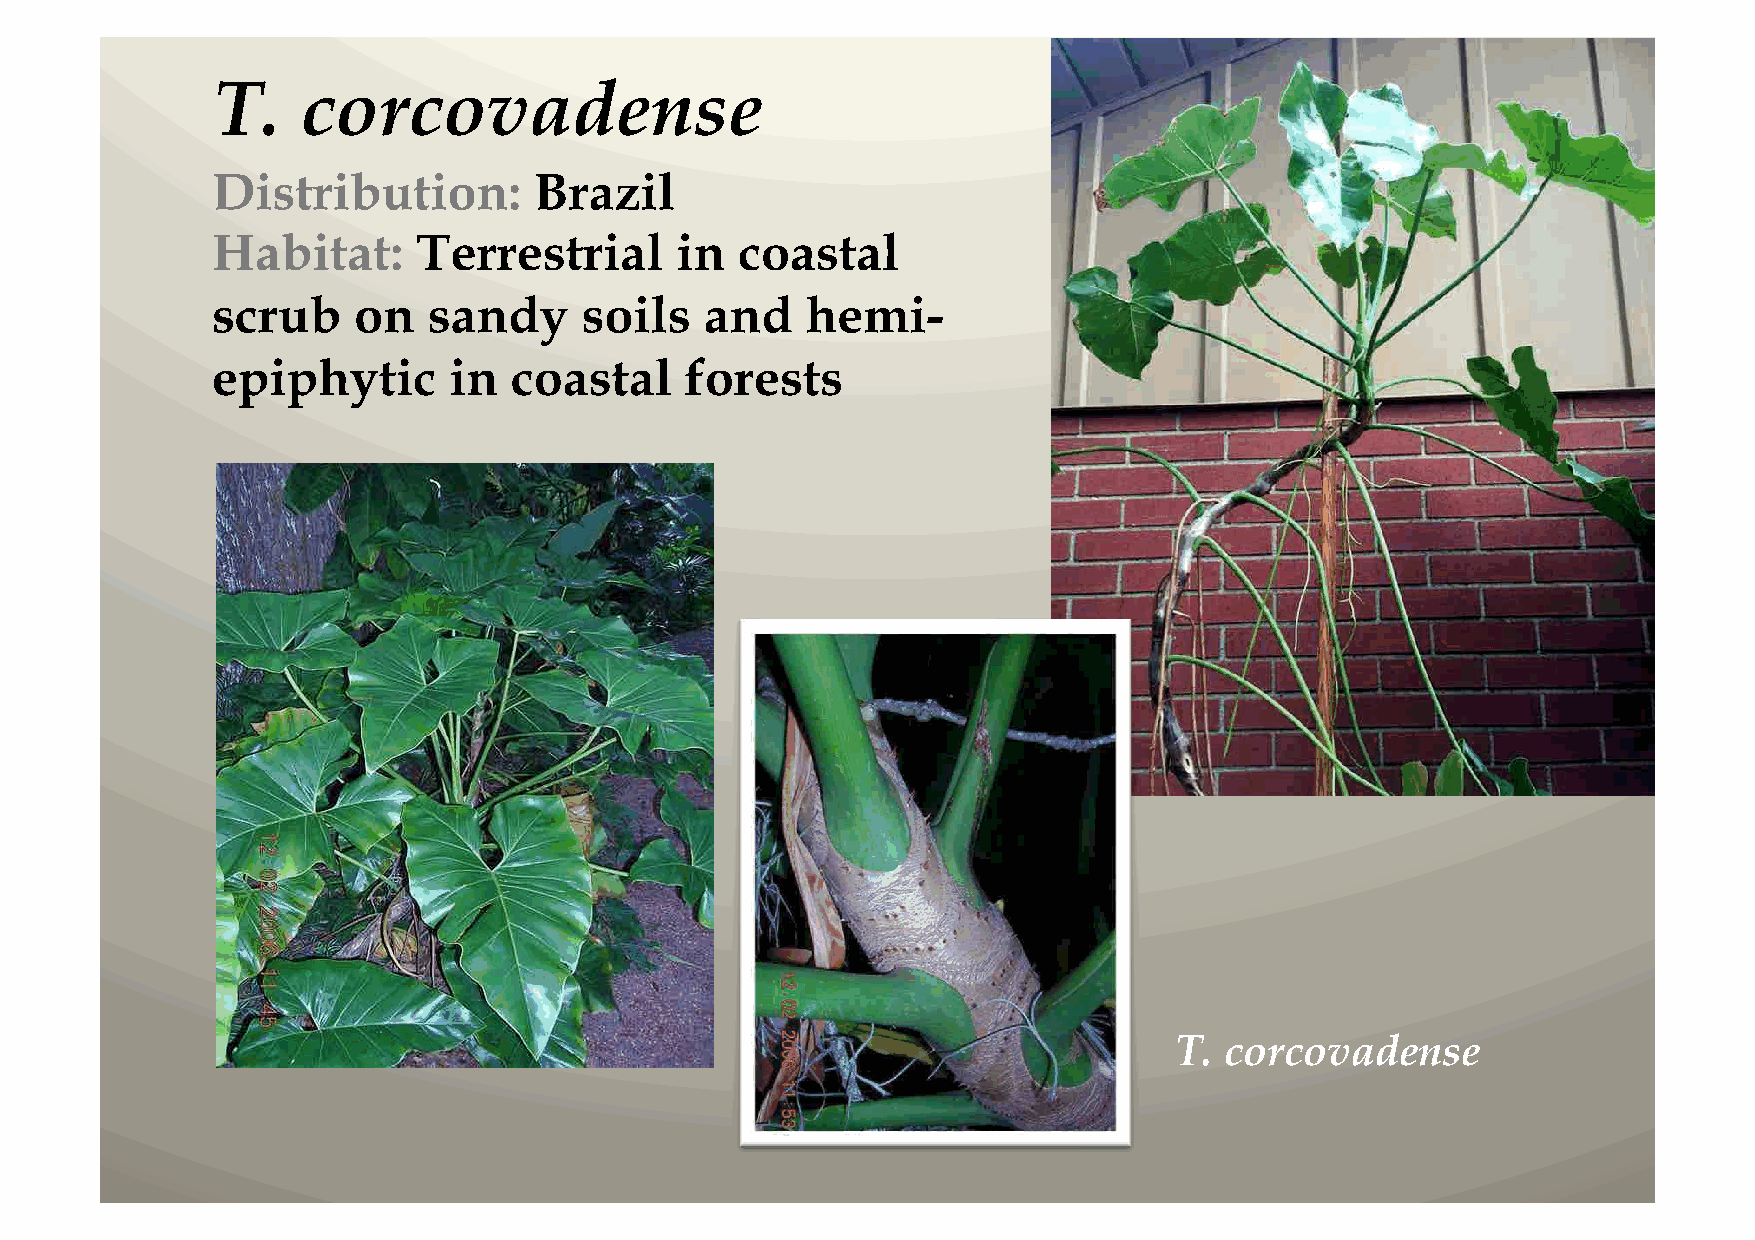
T.    corcovadense
 Distribution:        Brazil
 Habitat:      Terrestrial      in  coastal
 scrub    on   sandy     soils    and   hemi-
 epiphytic       in  coastal    forests
 T. corcovadense